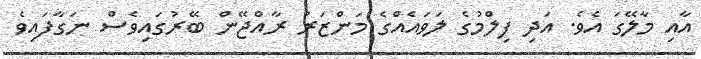
އާއި މާލޭގަ އެވެ. އަދި ފިލްމުގެ ލަވައެއްގެ މަންޒަރު ރާއްޖޭން ބޭރުގައިވެސް ނަގާފައިވެ